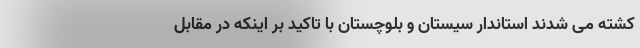
کشته می شدند استاندار سیستان و بلوچستان با تاکید بر اینکه در مقابل